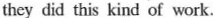
they did this kind of work.